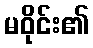
မဝိုင်း၏